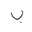
Letter: _ba